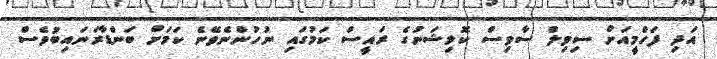
އަދި ފަހްމީއަށް ސިވިލް ސާވިސް ކޮމިޝަނުގެ ރައީސް ކަމުގައި ނުހުންނެވޭނެ ކަމަށް ބަންޑާރަނައިބުވެސް